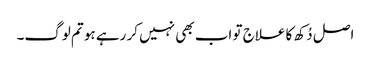
اصل دُکھ کا علاج تو اب بھی نہیں کر رہے ہو تم لوگ۔